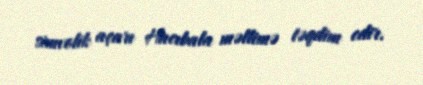
simvolik açarı Hacıbala məllimə təqdim edir.